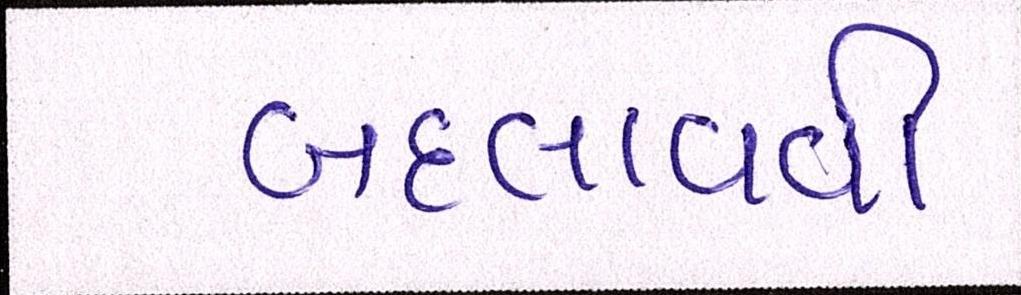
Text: બદલાવવી